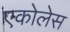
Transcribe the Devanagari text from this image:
एकोलेस